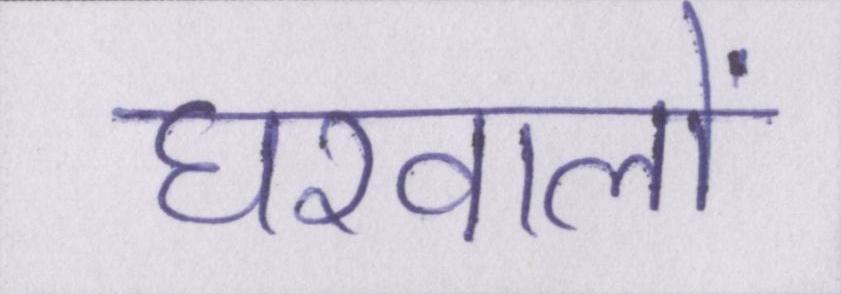
घरवालों